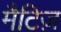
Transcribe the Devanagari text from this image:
मैटिज़